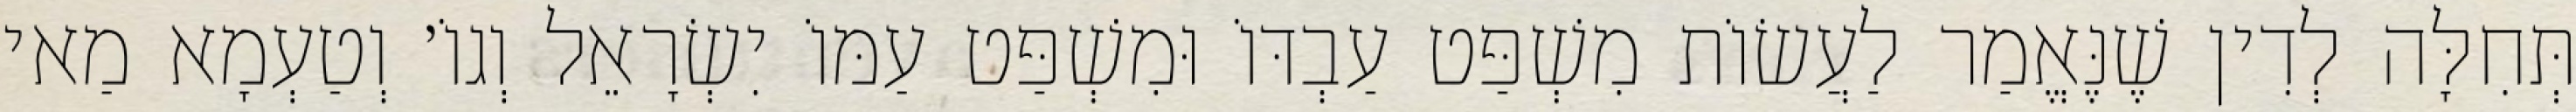
תְּחִלָּה לְדִין שֶׁנֶּאֱמַר לַעֲשׂוֹת מִשְׁפַּט עַבְדּוֹ וּמִשְׁפַּט עַמּוֹ יִשְׂרָאֵל וְגוֹ׳ וְטַעְמָא מַאי